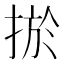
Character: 𢮁